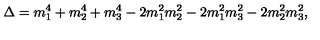
\Delta = m _ { 1 } ^ { 4 } + m _ { 2 } ^ { 4 } + m _ { 3 } ^ { 4 } - 2 m _ { 1 } ^ { 2 } m _ { 2 } ^ { 2 } - 2 m _ { 1 } ^ { 2 } m _ { 3 } ^ { 2 } - 2 m _ { 2 } ^ { 2 } m _ { 3 } ^ { 2 } ,